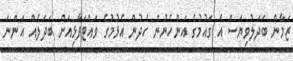
ޒަމާން ބަދަލުވިޔަސް އެ ގައުމުގެ އަންހެނުން ހެދުން އެޅުމުގެ ވައްޓަފާޅިއަށް ބަދަލެއް އަންނަ